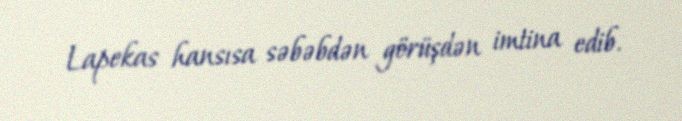
Lapekas hansısa səbəbdən görüşdən imtina edib.